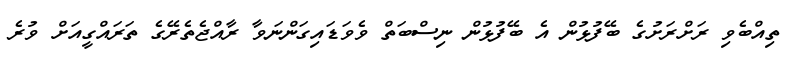
ތިއްބެވި ރަށްރަށުގެ ބޭފުޅުން އެ ބޭފުޅުން ނިސްބަތް ވެވަޑައިގަންނަވާ ރާއްޖެތެރޭގެ ތަރައްގީއަށް ވުރެ